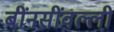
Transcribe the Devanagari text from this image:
बींनसींवल्ली